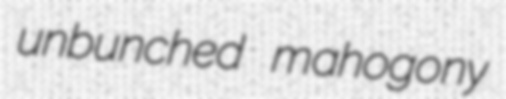
unbunched mahogony